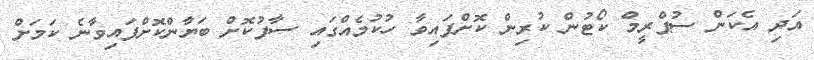
އަދި އެކަން ސުޕްރީމް ކޯޓުން ކުރިން ކޮށްފައިވާ ހުކުމެއްގައި ސާފުކޮށް ބަޔާންކޮށްފައިވާނެ ކަމަށް